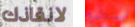
لانقاذك أستطيع